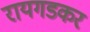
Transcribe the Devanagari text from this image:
रायगडकर